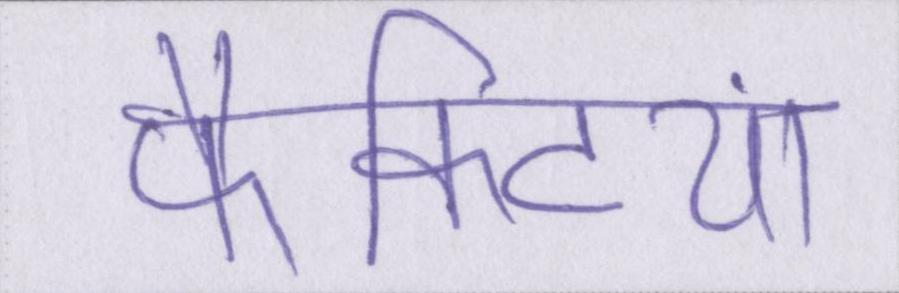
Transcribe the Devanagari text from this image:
फैक्ट्रियां